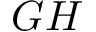
\cal { G H }